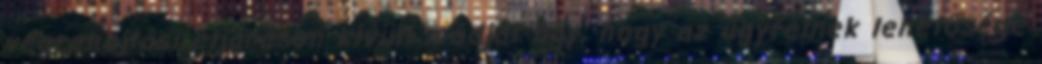
végrehajtási eljáráson kívüli módját úgy, hogy az ügyfélnek lehetősége